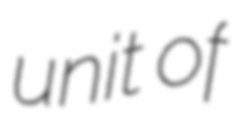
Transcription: unit of